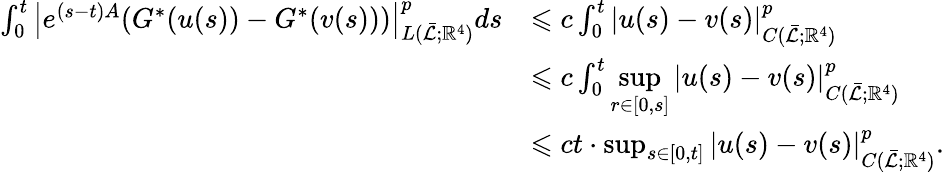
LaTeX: \begin{array}{rl}{\int_{0}^{t}\left|e^{(s-t)A}(G^{*}(u(s))-G^{*}(v(s)))\right|_{L(\bar{\mathcal{L}};\mathbb{R}^{4})}^{p}ds}&{\leqslant c\int_{0}^{t}\left|u(s)-v(s)\right|_{C(\bar{\mathcal{L}};\mathbb{R}^{4})}^{p}}\\ &{\leqslant c\int_{0}^{t}\displaystyle\operatorname*{sup}_{r\in[0,s]}\left|u(s)-v(s)\right|_{C(\bar{\mathcal{L}};\mathbb{R}^{4})}^{p}}\\ &{\leqslant ct\cdot\operatorname*{sup}_{s\in[0,t]}\left|u(s)-v(s)\right|_{C(\bar{\mathcal{L}};\mathbb{R}^{4})}^{p}.}\end{array}